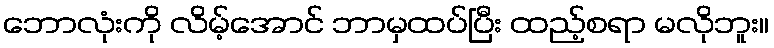
ဘောလုံးကို လိမ့်အောင် ဘာမှထပ်ပြီး ထည့်စရာ မလိုဘူး။